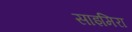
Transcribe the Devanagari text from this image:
साइमिरा